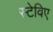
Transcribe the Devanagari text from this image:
स्टेविए